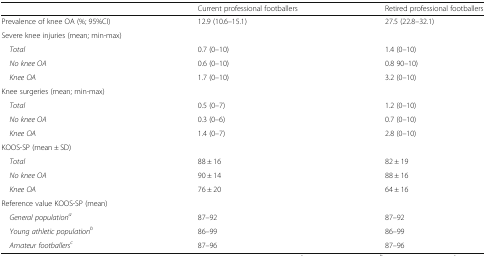
|  | Current professional footballers | Retired professional footballers |
 | --- | --- | --- |
 | Prevalence of knee OA (%; 95%CI) | 12.9 (10.6–15.1) | 27.5 (22.8–32.1) |
 | <COLSPAN=3> Severe knee injuries (mean; min-max) |
 | Total | 0.7 (0–10) | 1.4 (0–10) |
 | No knee OA | 0.6 (0–10) | 0.8 90–10) |
 | Knee OA | 1.7 (0–10) | 3.2 (0–10) |
 | <COLSPAN=3> Knee surgeries (mean; min-max) |
 | Total | 0.5 (0–7) | 1.2 (0–10) |
 | No knee OA | 0.3 (0–6) | 0.7 (0–10) |
 | Knee OA | 1.4 (0–7) | 2.8 (0–10) |
 | <COLSPAN=3> KOOS-SP (mean ± SD) |
 | Total | 88 ± 16 | 82 ± 19 |
 | No knee OA | 90 ± 14 | 88 ± 16 |
 | Knee OA | 76 ± 20 | 64 ± 16 |
 | <COLSPAN=3> Reference value KOOS-SP (mean) |
 | General populationa | 87–92 | 87–92 |
 | Young athletic populationb | 86–99 | 86–99 |
 | Amateur footballersc | 87–96 | 87–96 |